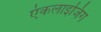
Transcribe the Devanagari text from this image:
एंकलाइजिंग